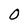
Character: 0